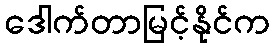
ဒေါက်တာမြင့်နိုင်က